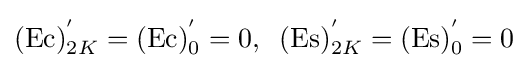
(\operatorname {Ec} )_{2K}^{'}=(\operatorname {Ec} )_{0}^{'}=0,\;\;(\operatorname {Es} )_{2K}^{'}=(\operatorname {Es} )_{0}^{'}=0